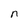
Character: n